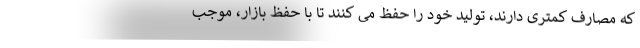
که مصارف کمتری دارند، تولید خود را حفظ می کنند تا با حفظ بازار، موجب